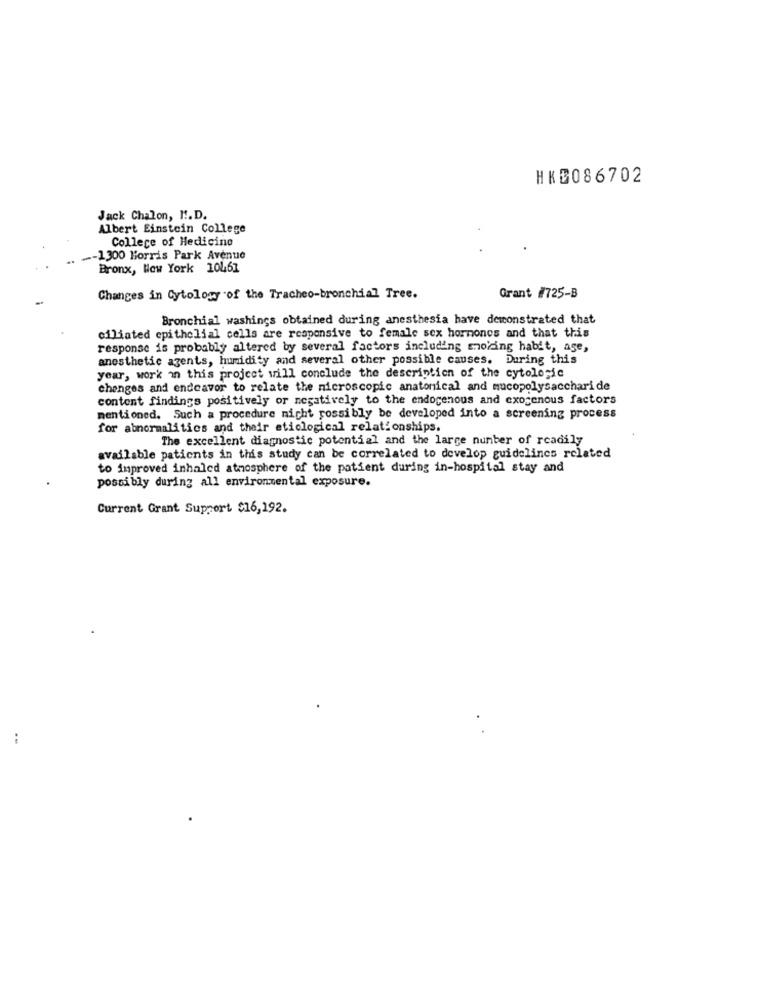
HKD086702
Jack Chalon, M.D.
Albert Einstein College
College of Hedicino
.- 1300 Morris Park Avenue
Bronx, New York 10461
Changes in Cytology of the Tracheo-bronchial Tree.
Grant #725-B
Bronchial washings obtained during anesthesia have demonstrated that
ciliated epithelial cells are responsive to female sex hormones and that this
response is probably altered by several factors including snolang habit, age,
anesthetic agents, humidity and several other possible causes. During this
year, work on this project will conclude the description of the cytologie
changes and endeavor to relate the microscopic anatonical and mucopolysaccharide
content findings positively or negatively to the endogenous and exogenous factors
mentioned. Such a procedure nicht possibly be developed into a screening process
for abnormalities and their eticlogical relationships.
The excellent diagnostic potential and the large number of readily
available patients in this study can be correlated to develop guidelines related
to improved inhaled atmosphere of the patient during in-hospital stay and
possibly during all environmental exposure.
Current Grant Support $16,192.